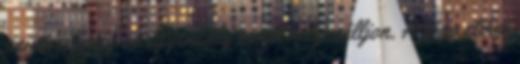
szintre, hogy az egyensúly ismét helyreálljon. A jóga etikai